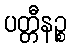
ပတ္တီနဉ္စ